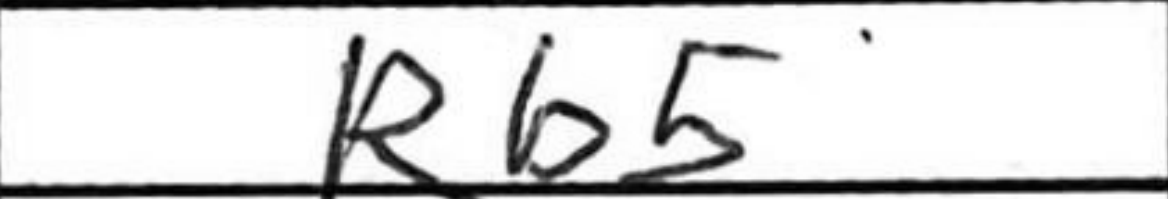
Transcription: Rb5